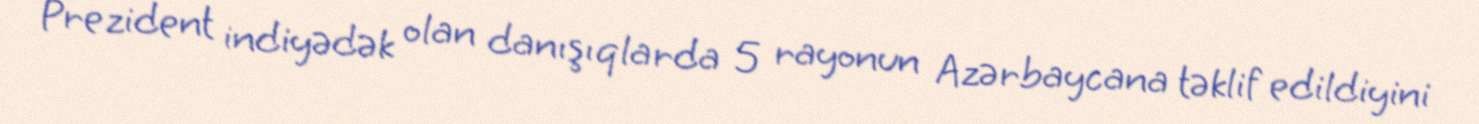
Prezident indiyədək olan danışıqlarda 5 rayonun Azərbaycana təklif edildiyini